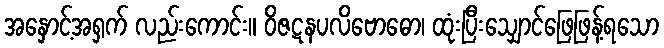
အနှောင့်အရှက် လည်းကောင်း။ ဝိဇဋနပလိဗောဓော၊ ထုံးပြီးသျှောင်ဖြေဖြန့်ရသော